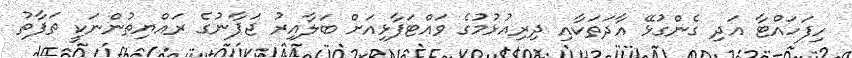
ހިފަހައްޓާ އަދި ގެންގުޅޭ އާދަތަކާއި ދިރިއުޅުމުގެ ވައްޓަފާޅިއަށް ބަލާއިރު ޖަޕާނުގެ ރައްޔިތުންނަކީ ތަފާތު